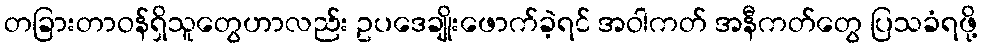
တခြားတာဝန်ရှိသူတွေဟာလည်း ဥပဒေချိုးဖောက်ခဲ့ရင် အဝါကတ် အနီကတ်တွေ ပြသခံရဖို့